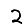
Digit: 2